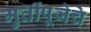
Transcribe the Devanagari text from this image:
मुर्तीपूजेचे